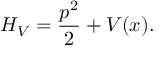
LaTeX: H _ { V } = \frac { p ^ { 2 } } { 2 } + V ( x ) .